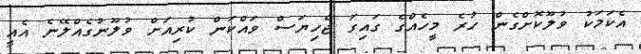
އެކަމަކު ވުލޫކޮށްގެން ހުރެ މީހެއްގެ ގައިގަ ޖެހިޔަސް ވައްކަން ކުރިއަށް ވުލޫނުގެއްލޭނެ އެއީ